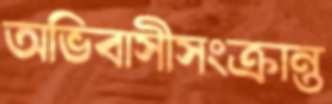
অভিবাসীসংক্রান্ত